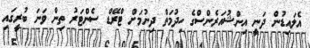
އެލައިޑުން ދަނީ އިންޝުއަރެންސްގެ ހިދުމަތް ދިނުމަށް ޓްރޭޑް ސެންޓަރު ތިން ވަނަ ބުރީގައި